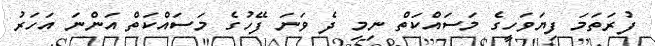
ފުރަތަމަ ފިޔަވަހީގެ މަސައްކަތް ނިމި ދެ ވަނަ ފޭހުގެ މަސައްކަތް އަންނަ އަހަރު